Malarial fevers
Disease focus: Malaria
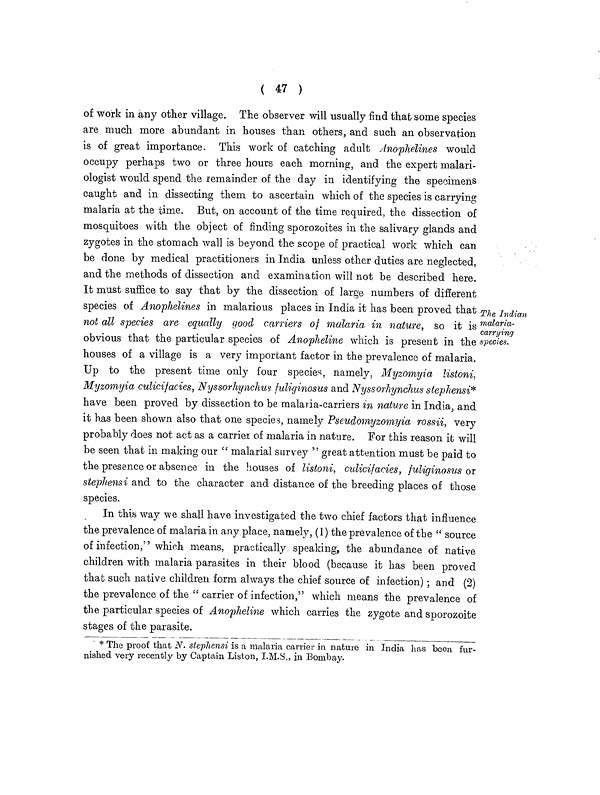
( 47 )
The Indian
malaria-
carrying
species.
of work in any other village. The observer will usually find that some species
are much more abundant in houses than others, and such an observation
is of great importance. This work of catching adult Anophelines would
occupy perhaps two or three hours each morning, and the expert malari-
ologist would spend the remainder of the day in identifying the specimens
caught and in dissecting them to ascertain which of the species is carrying
malaria at the time. But, on account of the time required, the dissection of
mosquitoes with the object of finding sporozoites in the salivary glands and
zygotes in the stomach wall is beyond the scope of practical work which can
be done by medical practitioners in India unless other duties are neglected,
and the methods of dissection and examination will not be described here.
It must suffice to say that by the dissection of large numbers of different
species of Anophelines in malarious places in India it has been proved that
not all species are equally good carriers of malaria in nature, so it is
obvious that the particular species of Anopheline which is present in the <
houses of a village is a very important factor in the prevalence of malaria.
Up to the present time only four species, namely, Myzomyia listoni.
Myzomyia culicifacies, Nyssorhynchus fuliginosus and Nyssorhynchus stephensi*
have been proved by dissection to be malaria-carriers in nature in India, and
it has been shown also that one species, namely Pseudomyzomyia rossii, very
probably does not act as a carrier of malaria in nature. For this reason it will
be seen that in making our " malarial survey " great attention must be paid to
the presence or absence in the houses of listoni, culicifacies, fuliginosus or
stephensi and to the character and distance of the breeding places of those
species.
In this way we shall have investigated the two chief factors that influence
the prevalence of malaria in any place, namely, (1) the prevalence of the " source
of infection," which means, practically speaking, the abundance of native
children with malaria parasites in their blood (because it has been proved
that such native children form always the chief source of infection); and (2)
the prevalence of the " carrier of infection," which means the prevalence of
the particular species of Anopheline which carries the zygote and sporozoite
stages of the parasite.
* The proof that N. stephensi is a malaria carrier in nature in India has been fur-
nished very recently by Captain Listen, I.M.S., in Bombay.